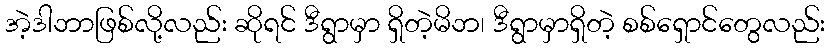
အဲ့ဒါဘာဖြစ်လို့လည်း ဆိုရင် ဒီရွာမှာ ရှိတဲ့မိဘ၊ ဒီရွာမှာရှိတဲ့ စစ်ရှောင်တွေလည်း